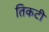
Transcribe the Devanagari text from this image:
तिकटी